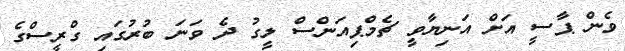
ވެން ޕާސީ އަށް އަނިޔާވީ ޗެމްޕިއަންސް ލީގު ދެ ވަނަ ބުރުގައި ގްރީސްގެ